Annual report of the Civil Veterinary Department, Bengal, for the year 1897-98 - 1897-1898
Year: 1897
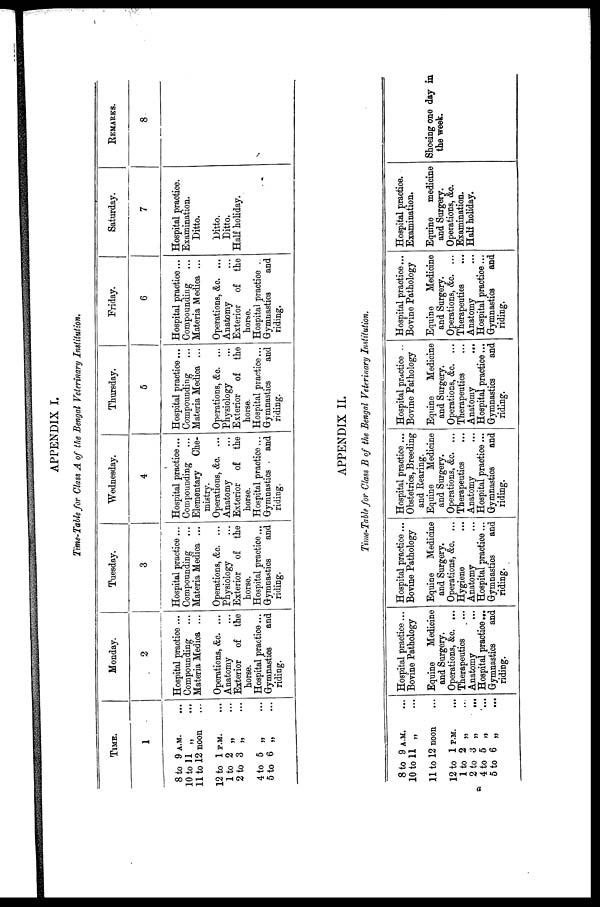
APPENDIX I.
Time-Table for Class A of the Bengal Veterinary Institution.
TIME.
1
8 to 9 A.M. ...
10 to 11 „ ...
11 to 12 noon ...
12 to 1 P.M. ...
1 to 2 „ ...
2 to 3 „ ...
4 to 5 „ ...
5 to 6 „ ...
Monday.
2
Hospital practice ...
Compounding ...
Materia Medica ...
Operations, &c. ...
Anatomy ...
Exterior of the
horse.
Hospital practice ...
Gymnastics
and
riding.
Tuesday.
3
Hospital practice ...
Compounding ...
Materia Medica ...
Operations, &c. ...
Physiology ...
Exterior of the
horse.
Hospital practice ...
Gymnastics
and
riding.
Wednesday.
4
Hospital practice...
Compounding ...
Elementary
Che-
mistry.
Operations, &c. ...
Anatomy ...
Exterior of the
horse.
Hospital practice ...
| Gymnastics
and
riding.
Thursday.
5
Hospital practice ...
Compounding ...
Materia Medica ...
Operations, &c. ...
Physiology ...
Exterior of the
horse.
Hospital practice...
Gymnastics
and
riding.
Friday.
6
Hospital practice ...
Compounding ...
Materia Medica ...
Operations, &c. ...
Anatomy ...
Exterior of the
horse.
Hospital practice
Gymnastics
and
riding.
Saturday.
7
Hospital practice.
Examination.
Ditto.
Ditto.
Ditto.
Half holiday.
Remarks.
8
APPENDIX II.
Time-Table for Class B of the Bengal Veterinary Institution.
8 to 9 A.M. ...
10 to 11 „ ...
11 to 12 noon ...
12 to 1 P.M. ...
1 to 2 „ ...
2 to 3 „
...
4 to 5 „ ...
5 to 6 „
...
Hospital practice ...
Bovine Pathology
Equine
Medicine
and Surgery.
Operations, &c. ...
Therapeutics
...
Anatomy ...
Hospital practice ...
Gymnastics
and
riding.
Hospital practice ...
Bovine Pathology
Equine
Medicine
and Surgery.
Operations, &c. ...
Hygiene ...
Anatomy ...
Hospital practice ...
Gymnastics
and
riding.
Hospital practice ...
Obstetrics, Breeding
and Hearing.
Equine
Medicine
and Surgery.
Operations, &c. ...
Therapeutics ...
Anatomy ...
Hospital practice ...
Gymnastics
and
riding.
Hospital practice ..
Bovine Pathology
Equine
Medicine
and Surgery.
Operations, &c. ...
Therapeutics ...
Anatomy
...
Hospital practice ...
Gymnastics
and
riding.
Hospital practice...
Bovine Pathology
Equine
Medicine
and Surgery.
Operations, &c. ...
Therapeutics ...
Anatomy ...
Hospital practice ...
Gymnastics
and
riding.
Hospital practice.
Examination.
Equine
medicine
and Surgery.
Operations, &c.
Examination.
Half holiday.
Shoeing one day in
the week.